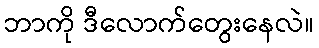
ဘာကို ဒီလောက်တွေးနေလဲ။